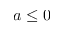
a \leq 0